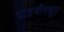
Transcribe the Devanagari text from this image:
पाहणीमधून